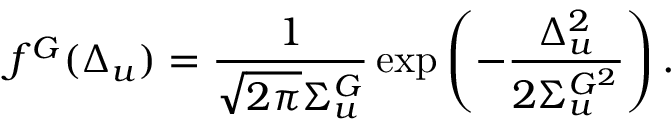
f ^ { G } ( \Delta _ { u } ) = \frac { 1 } { \sqrt { 2 \pi } \Sigma _ { u } ^ { G } } \exp \left( - \frac { \Delta _ { u } ^ { 2 } } { 2 \Sigma _ { u } ^ { G ^ { 2 } } } \right) .